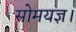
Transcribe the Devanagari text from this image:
सोमयज्ञ।